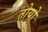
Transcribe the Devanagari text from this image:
तोयो